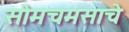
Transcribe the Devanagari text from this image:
सोमचमसाचे